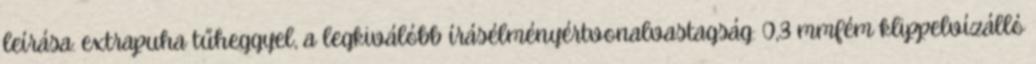
leírása: extrapuha tűheggyel, a legkiválóbb írásélményértvonalvastagság: 0,3 mmfém klippelvízálló